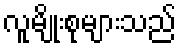
လူမျိုးစုများသည်